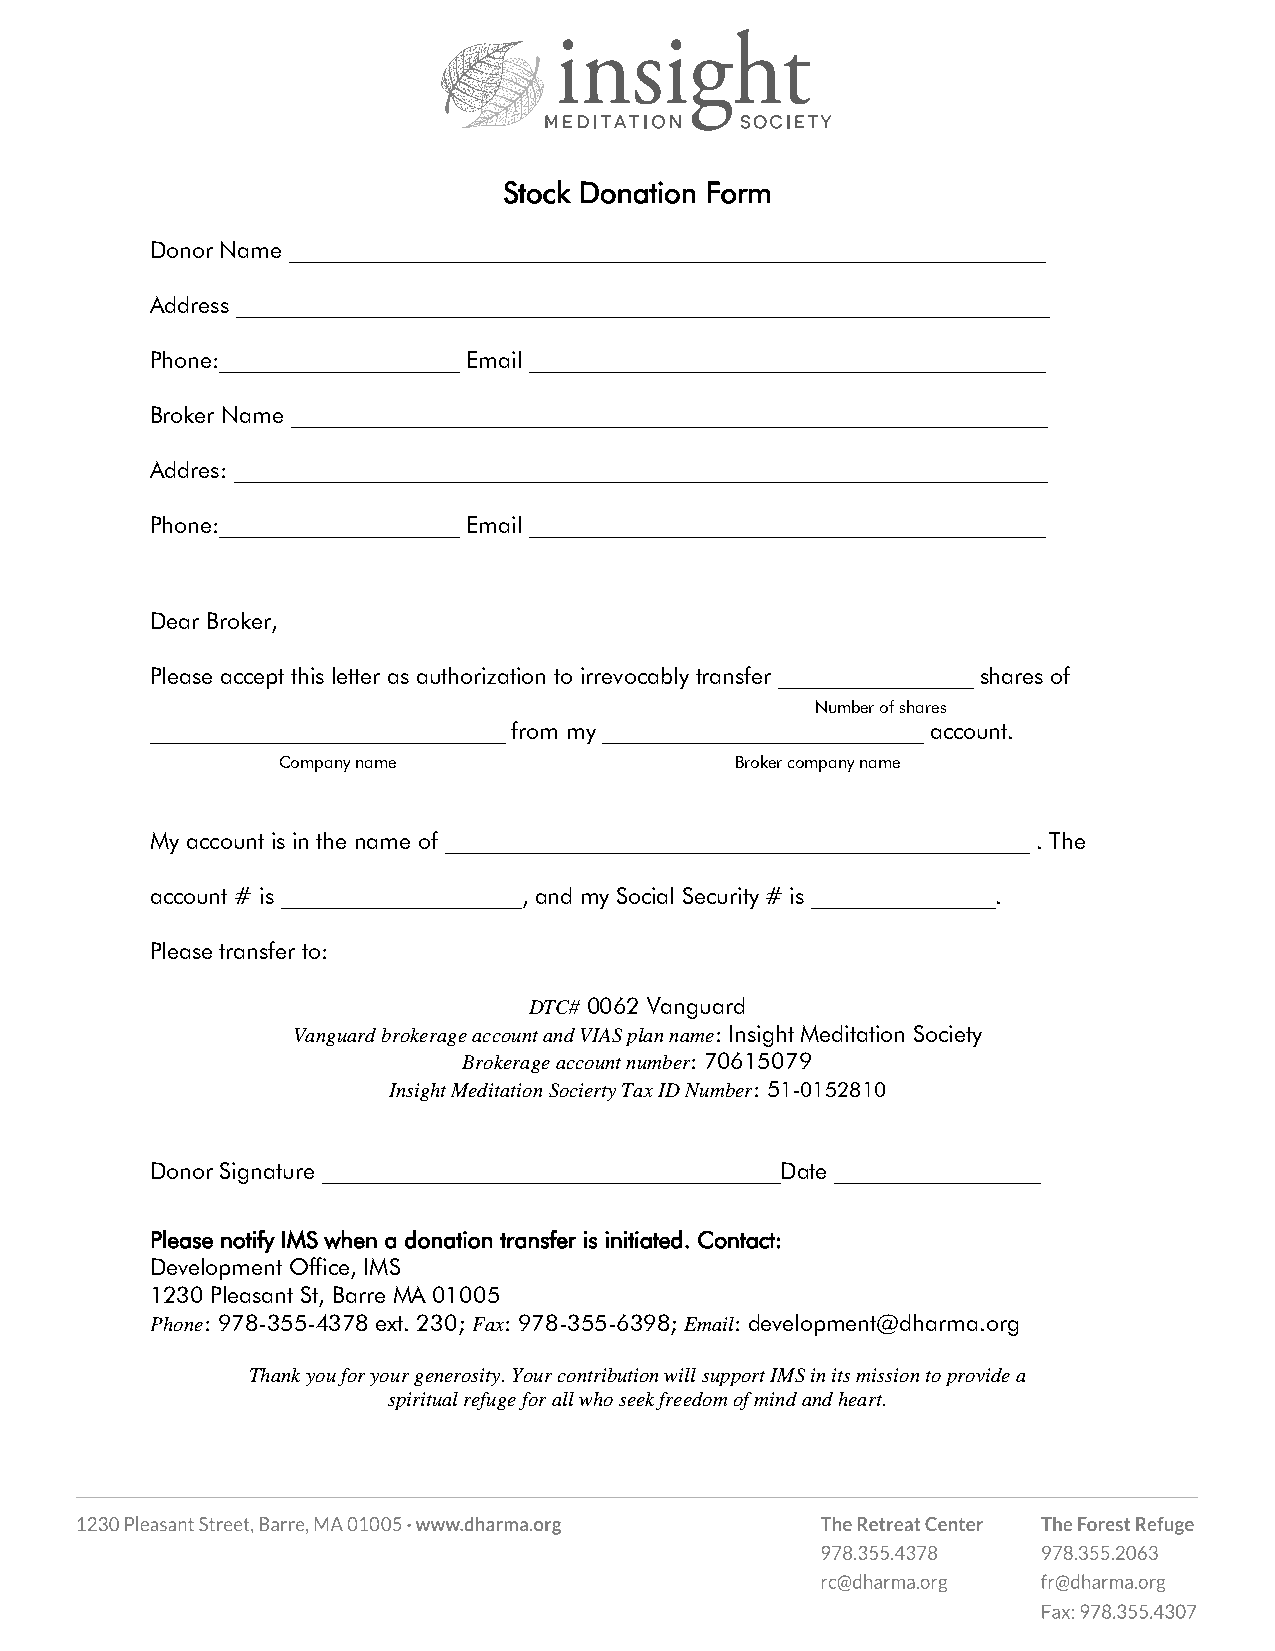
Stock Donation Form
 Donor Name __________________________________________________________________
 Address _______________________________________________________________________
 Phone:_____________________ Email _____________________________________________
 Broker Name __________________________________________________________________
 Addres: _______________________________________________________________________
 Phone:_____________________ Email _____________________________________________
 Dear Broker,
 Please accept this letter as authorization to irrevocably transfer _________________ shares of
 Number of shares
 _______________________________ from my ____________________________ account.
 Company name                   Broker company name
 My account is in the name of ___________________________________________________ . The
 account # is _____________________, and my Social Security # is ________________.
 Please transfer to:
 DTC# 0062 Vanguard
 Vanguard brokerage account and VIAS plan name: Insight Meditation Society
 Brokerage account number: 70615079
 Insight Meditation Socierty Tax ID Number: 51-0152810
 Donor Signature ________________________________________Date __________________
 Please notify IMS when a donation transfer is initiated. Contact:
 Development Office, IMS
 1230 Pleasant St, Barre MA 01005
 Phone: 978-355-4378 ext. 230; Fax: 978-355-6398; Email: development@dharma.org
 Thank you for your generosity. Your contribution will support IMS in its mission to provide a
 spiritual refuge for all who seek freedom of mind and heart.